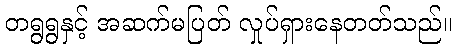
တရွရွနှင့် အဆက်မပြတ် လှုပ်ရှားနေတတ်သည်။